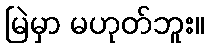
မြဲမှာ မဟုတ်ဘူး။